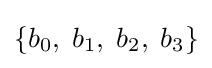
\{b_{0},\;b_{1},\;b_{2},\;b_{3}\}